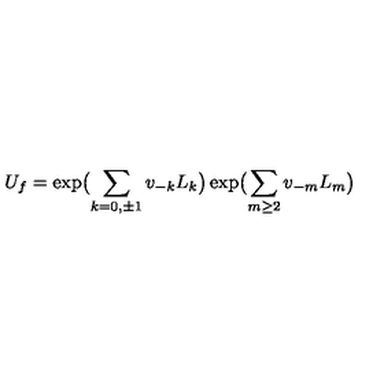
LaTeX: U _ { f } = \exp \bigl ( \sum _ { k = 0 , \pm 1 } v _ { - k } L _ { k } \bigr ) \exp \bigl ( \sum _ { m \geq 2 } v _ { - m } L _ { m } \bigr )